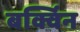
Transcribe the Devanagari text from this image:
बर्क्विन